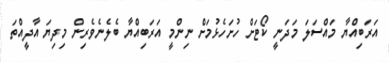
އަރަބިއްޔާ މައްސަލަ މަދަނީ ކޯޓަށް ހުށަހެޅުމަށް ނިންމީ އަރަބިއްޔާ ބެލެނެވެރިން މިދިޔަ އާދީއްތަ